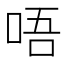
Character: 唔